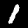
Digit: 1